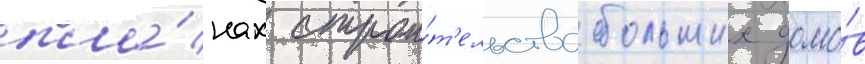
пла́нах строи́т'ельства больших домо́в